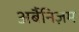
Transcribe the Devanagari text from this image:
अर्बैनिज़म